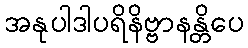
အနုပါဒါပရိနိဗ္ဗာနန္တိပေ